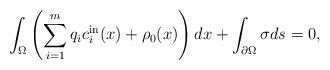
LaTeX: \begin{align*}\int_{\Omega} \left(\sum_{i=1}^m q_i c_i^{\rm in}(x) +\rho_0(x)\right)dx+\int_{\partial \Omega}\sigma ds=0, \end{align*}